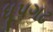
ધૂપગઢ